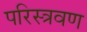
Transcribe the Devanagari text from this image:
परिस्त्रवण